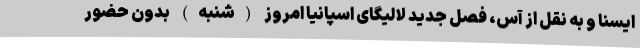
ایسنا و به نقل از آس، فصل جدید لالیگای اسپانیا امروز (شنبه) بدون حضور